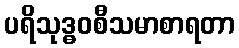
ပရိသုဒ္ဓဝစီသမာစာရတာ